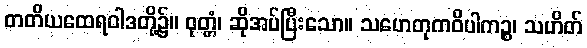
တတိယထေရဝါဒတို့၌။ ဝုတ္တံ၊ ဆိုအပ်ပြီးသော။ သဟေတုကဝိပါကဉ္စ၊ သဟိတ်